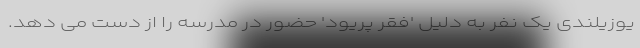
یوزیلندی یک نفر به دلیل 'فقر پریود' حضور در مدرسه را از دست می دهد.